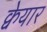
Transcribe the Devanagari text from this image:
क्वेयार